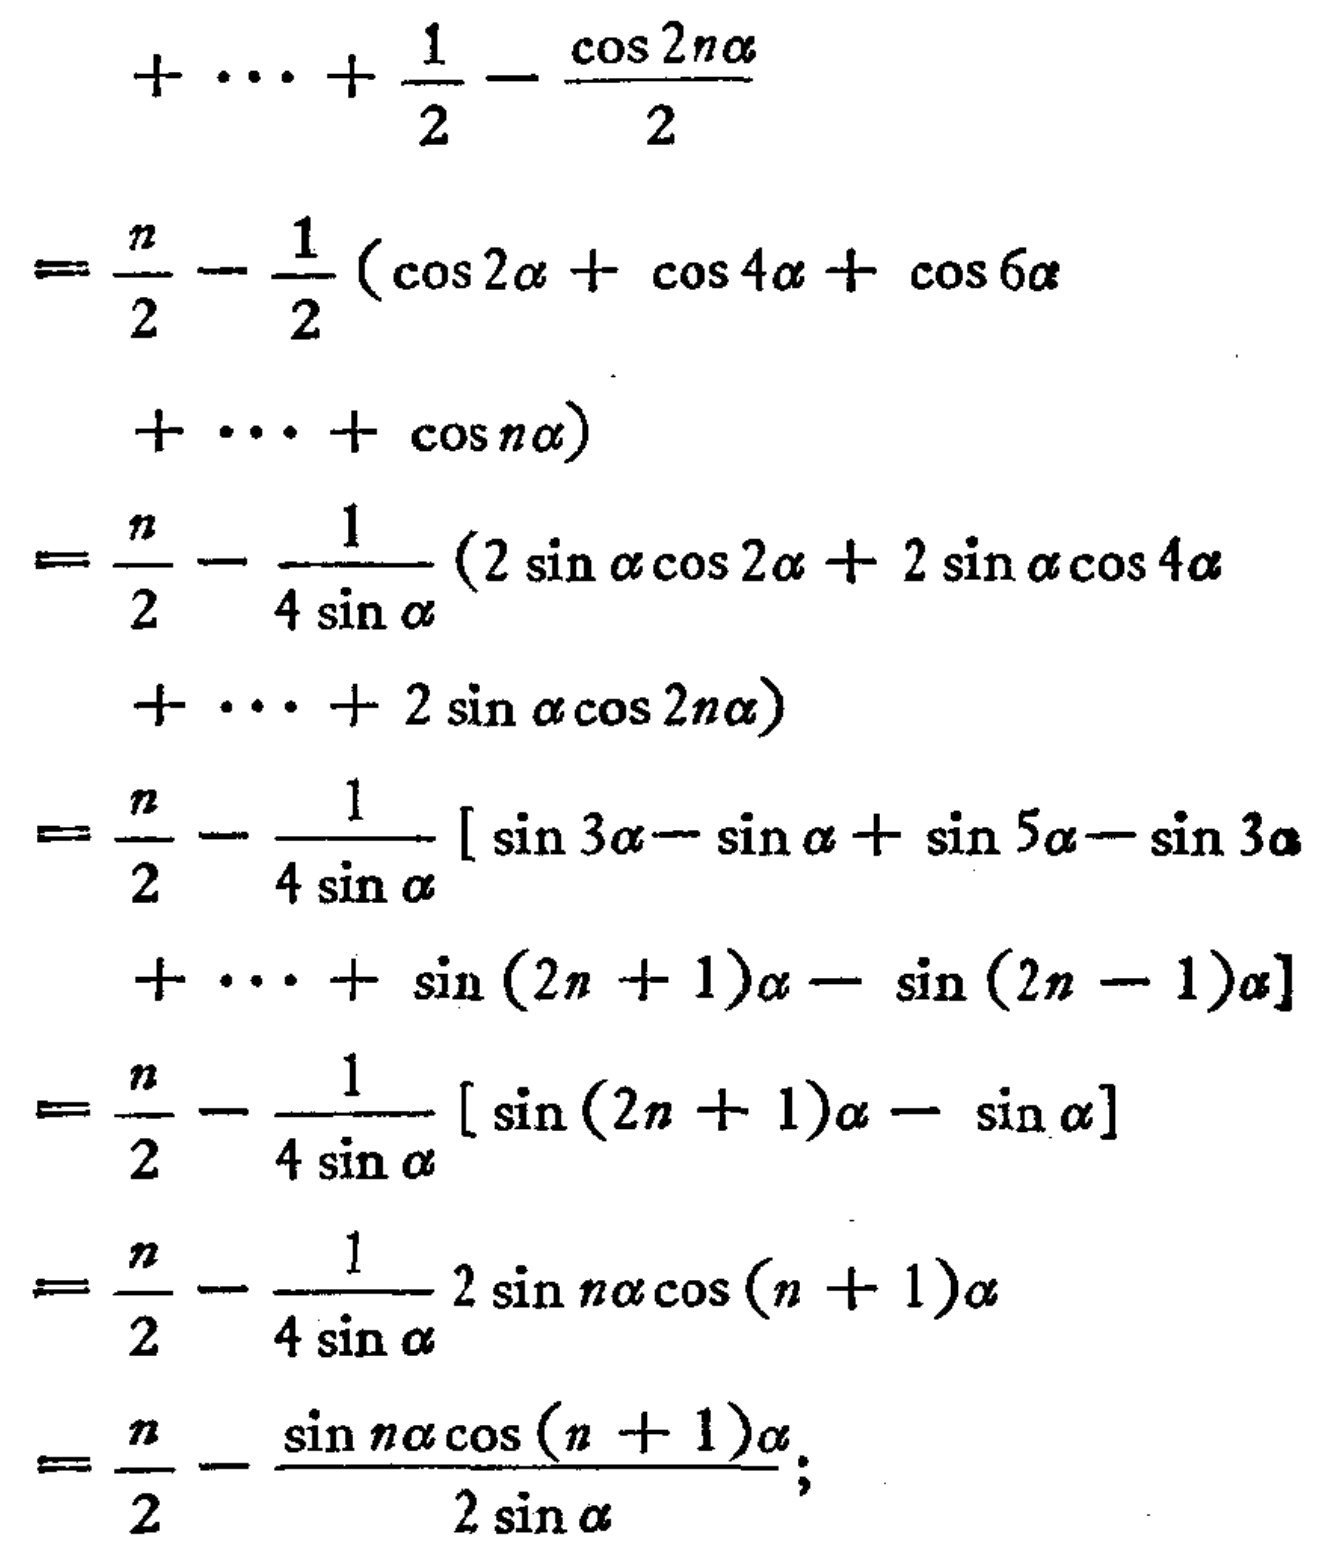
\begin{align*}

&+\cdots+\frac{1}{2}-\frac{\cos2n\alpha}{2}\\

=&\frac{n}{2}-\frac{1}{2}(\cos2\alpha+\cos4\alpha+\cos6\alpha\\

&+\cdots+\cos n\alpha)\\

=&\frac{n}{2}-\frac{1}{4\sin\alpha}(2\sin\alpha\cos2\alpha + 2\sin\alpha\cos4\alpha\\

&+\cdots+2\sin\alpha\cos2n\alpha)\\

=&\frac{n}{2}-\frac{1}{4\sin\alpha}[\sin3\alpha-\sin\alpha+\sin5\alpha-\sin3\alpha\\

&+\cdots+\sin(2n + 1)\alpha-\sin(2n - 1)\alpha]\\

=&\frac{n}{2}-\frac{1}{4\sin\alpha}[\sin(2n + 1)\alpha-\sin\alpha]\\

=&\frac{n}{2}-\frac{1}{4\sin\alpha}2\sin n\alpha\cos(n + 1)\alpha\\

=&\frac{n}{2}-\frac{\sin n\alpha\cos(n + 1)\alpha}{2\sin\alpha};

\end{align*}